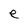
Character: e